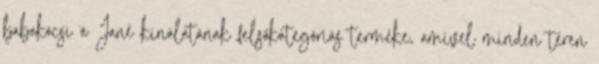
babakocsi a Jané kínálatának felsőkategóriás terméke, amivel minden téren